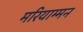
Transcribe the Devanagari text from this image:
मरियाम्मन